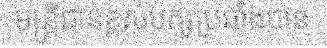
មន្ត្រីជាន់ខ្ពស់បក្សប្រឆាំងបាន